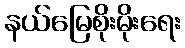
နယ်မြေစိုးမိုးရေး